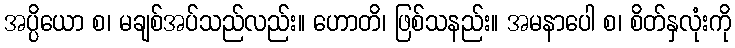
အပ္ပိယော စ၊ မချစ်အပ်သည်လည်း။ ဟောတိ၊ ဖြစ်သနည်း။ အမနာပေါ စ၊ စိတ်နှလုံးကို